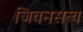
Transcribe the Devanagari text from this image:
जिवनसत्व